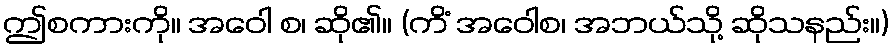
ဤစကားကို။ အဝေါ စ၊ ဆို၏။ (ကိံ အဝေါစ၊ အဘယ်သို့ ဆိုသနည်း။)